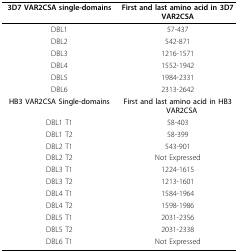
<table><thead><tr><td><b>3D7 VAR2CSA single-domains</b></td><td><b>First and last amino acid in 3D7 VAR2CSA</b></td></tr></thead><tbody><tr><td>DBL1</td><td>57-437</td></tr><tr><td>DBL2</td><td>542-871</td></tr><tr><td>DBL3</td><td>1216-1571</td></tr><tr><td>DBL4</td><td>1552-1942</td></tr><tr><td>DBL5</td><td>1984-2331</td></tr><tr><td>DBL6</td><td>2313-2642</td></tr><tr><td><b>HB3 VAR2CSA Single-domains</b></td><td><b>First and last amino acid in HB3 VAR2CSA</b></td></tr><tr><td>DBL1 T1</td><td>58-403</td></tr><tr><td>DBL1 T2</td><td>58-399</td></tr><tr><td>DBL2 T1</td><td>543-901</td></tr><tr><td>DBL2 T2</td><td>Not Expressed</td></tr><tr><td>DBL3 T1</td><td>1224-1615</td></tr><tr><td>DBL3 T2</td><td>1213-1601</td></tr><tr><td>DBL4 T1</td><td>1584-1964</td></tr><tr><td>DBL4 T2</td><td>1598-1986</td></tr><tr><td>DBL5 T1</td><td>2031-2356</td></tr><tr><td>DBL5 T2</td><td>2031-2338</td></tr><tr><td>DBL6 T1</td><td>Not Expressed</td></tr></tbody></table>